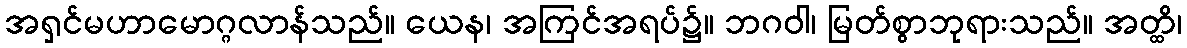
အရှင်မဟာမောဂ္ဂလာန်သည်။ ယေန၊ အကြင်အရပ်၌။ ဘဂဝါ၊ မြတ်စွာဘုရားသည်။ အတ္ထိ၊